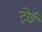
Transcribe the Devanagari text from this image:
ट्रोई